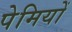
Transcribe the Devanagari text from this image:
पेमियों